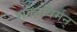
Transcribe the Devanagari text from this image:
शक्तविर्मन्